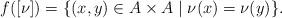
LaTeX: \begin{align*}f([\nu])=\{(x,y) \in A \times A \mid \nu(x)=\nu(y)\}.\end{align*}